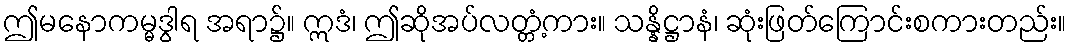
ဤမနောကမ္မဒွါရ အရာ၌။ ဣဒံ၊ ဤဆိုအပ်လတ္တံ့ကား။ သန္နိဋ္ဌာနံ၊ ဆုံးဖြတ်ကြောင်းစကားတည်း။